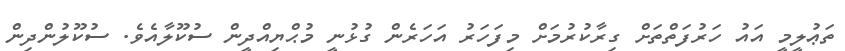
ތަޢުލީމީ އައު ހަރުފަތްތަށް ގިރާކުރުމަށް މިފަހަރު އަހަރެން ގުޅުނީ މުޙްޔިއްދީން ސުކޫލާއެވެ. ސުކޫލުންދިން